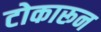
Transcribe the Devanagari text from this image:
टोकारून